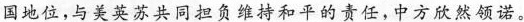
国地位，与美英苏共同担负维持和平的责任，中方欣然领诺。